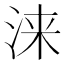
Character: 涞